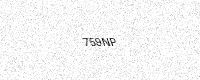
Text: 759NP